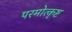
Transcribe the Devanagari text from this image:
परमोत्कृष्ट